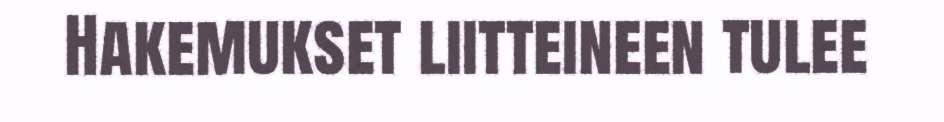
Hakemukset liitteineen tulee